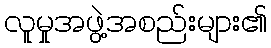
လူမှုအဖွဲ့အစည်းများ၏